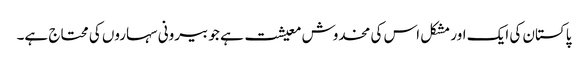
پاکستان کی ایک اور مشکل اس کی مخدوش معیشت ہے جو بیرونی سہاروں کی محتاج ہے۔